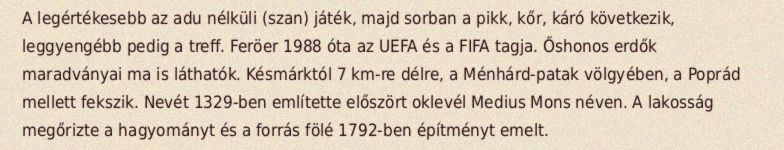
A legértékesebb az adu nélküli (szan) játék, majd sorban a pikk, kőr, káró következik, leggyengébb pedig a treff. Feröer 1988 óta az UEFA és a FIFA tagja. Őshonos erdők maradványai ma is láthatók. Késmárktól 7 km-re délre, a Ménhárd-patak völgyében, a Poprád mellett fekszik. Nevét 1329-ben említette előszört oklevél Medius Mons néven. A lakosság megőrizte a hagyományt és a forrás fölé 1792-ben építményt emelt.